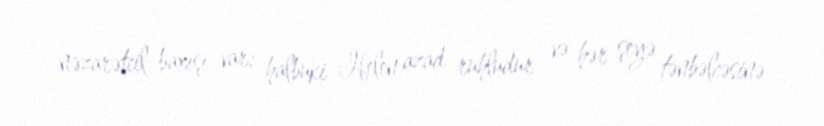
nəzarətcil baxışı var; halbuki Helen azad ruhludur və hər şeyə tənbəlcəsinə